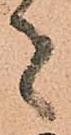
者